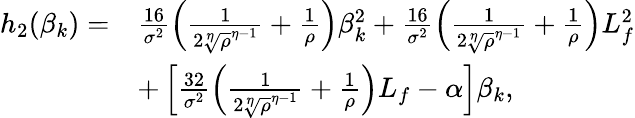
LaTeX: \begin{array}{rl}{h_{2}(\beta_{k})=}&{\frac{16}{\sigma^{2}}\left(\frac{1}{2{\sqrt[\eta]{\rho}}^{\eta-1}}+\frac{1}{\rho}\right)\beta_{k}^{2}+\frac{16}{\sigma^{2}}\left(\frac{1}{2{\sqrt[\eta]{\rho}}^{\eta-1}}+\frac{1}{\rho}\right)L_{f}^{2}}\\ &{+\left[\frac{32}{\sigma^{2}}\left(\frac{1}{2{\sqrt[\eta]{\rho}}^{\eta-1}}+\frac{1}{\rho}\right)L_{f}-{\alpha}\right]\beta_{k},}\end{array}